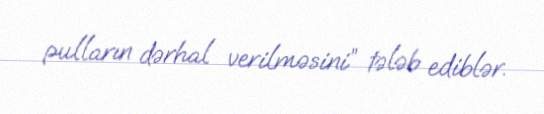
pulların dərhal verilməsini” tələb ediblər.